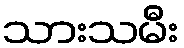
သားသမီး